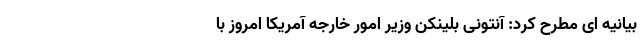
بیانیه ای مطرح کرد: آنتونی بلینکن وزیر امور خارجه آمریکا امروز با